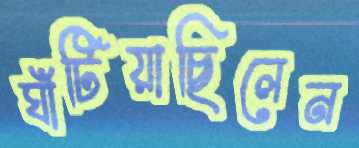
ঘাঁটিয়াছিলেন